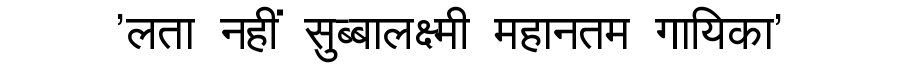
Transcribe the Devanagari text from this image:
'लता नहीं सुब्बालक्ष्मी महानतम गायिका'